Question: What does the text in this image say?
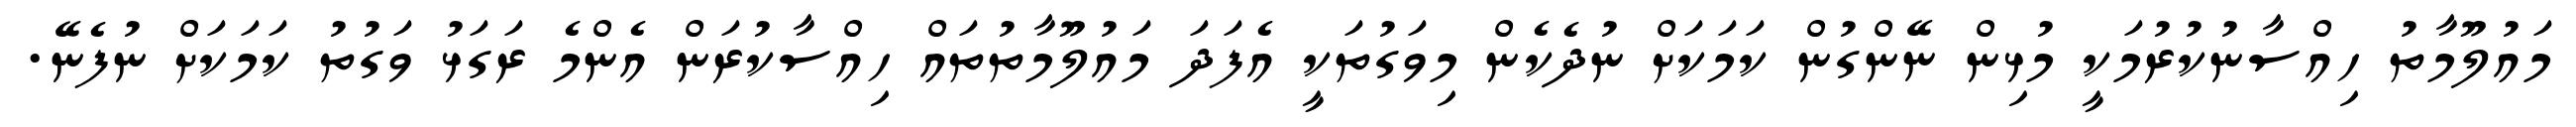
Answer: މައުލޫމާތު ހިއްސާނުކުރުމަކީ މުޅިން ނޭންގުން ކަމަކަށް ނުދެކެން މިވަގުތަކީ އެފަދަ މައުލޫމާތުތައް ހިއްސާކުރަން އެންމެ ރަގަޅު ވަގުތު ކަމަކަށް ނުފެނޭ.